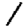
Digit: 1